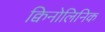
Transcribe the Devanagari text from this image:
क्विनोलिनिक